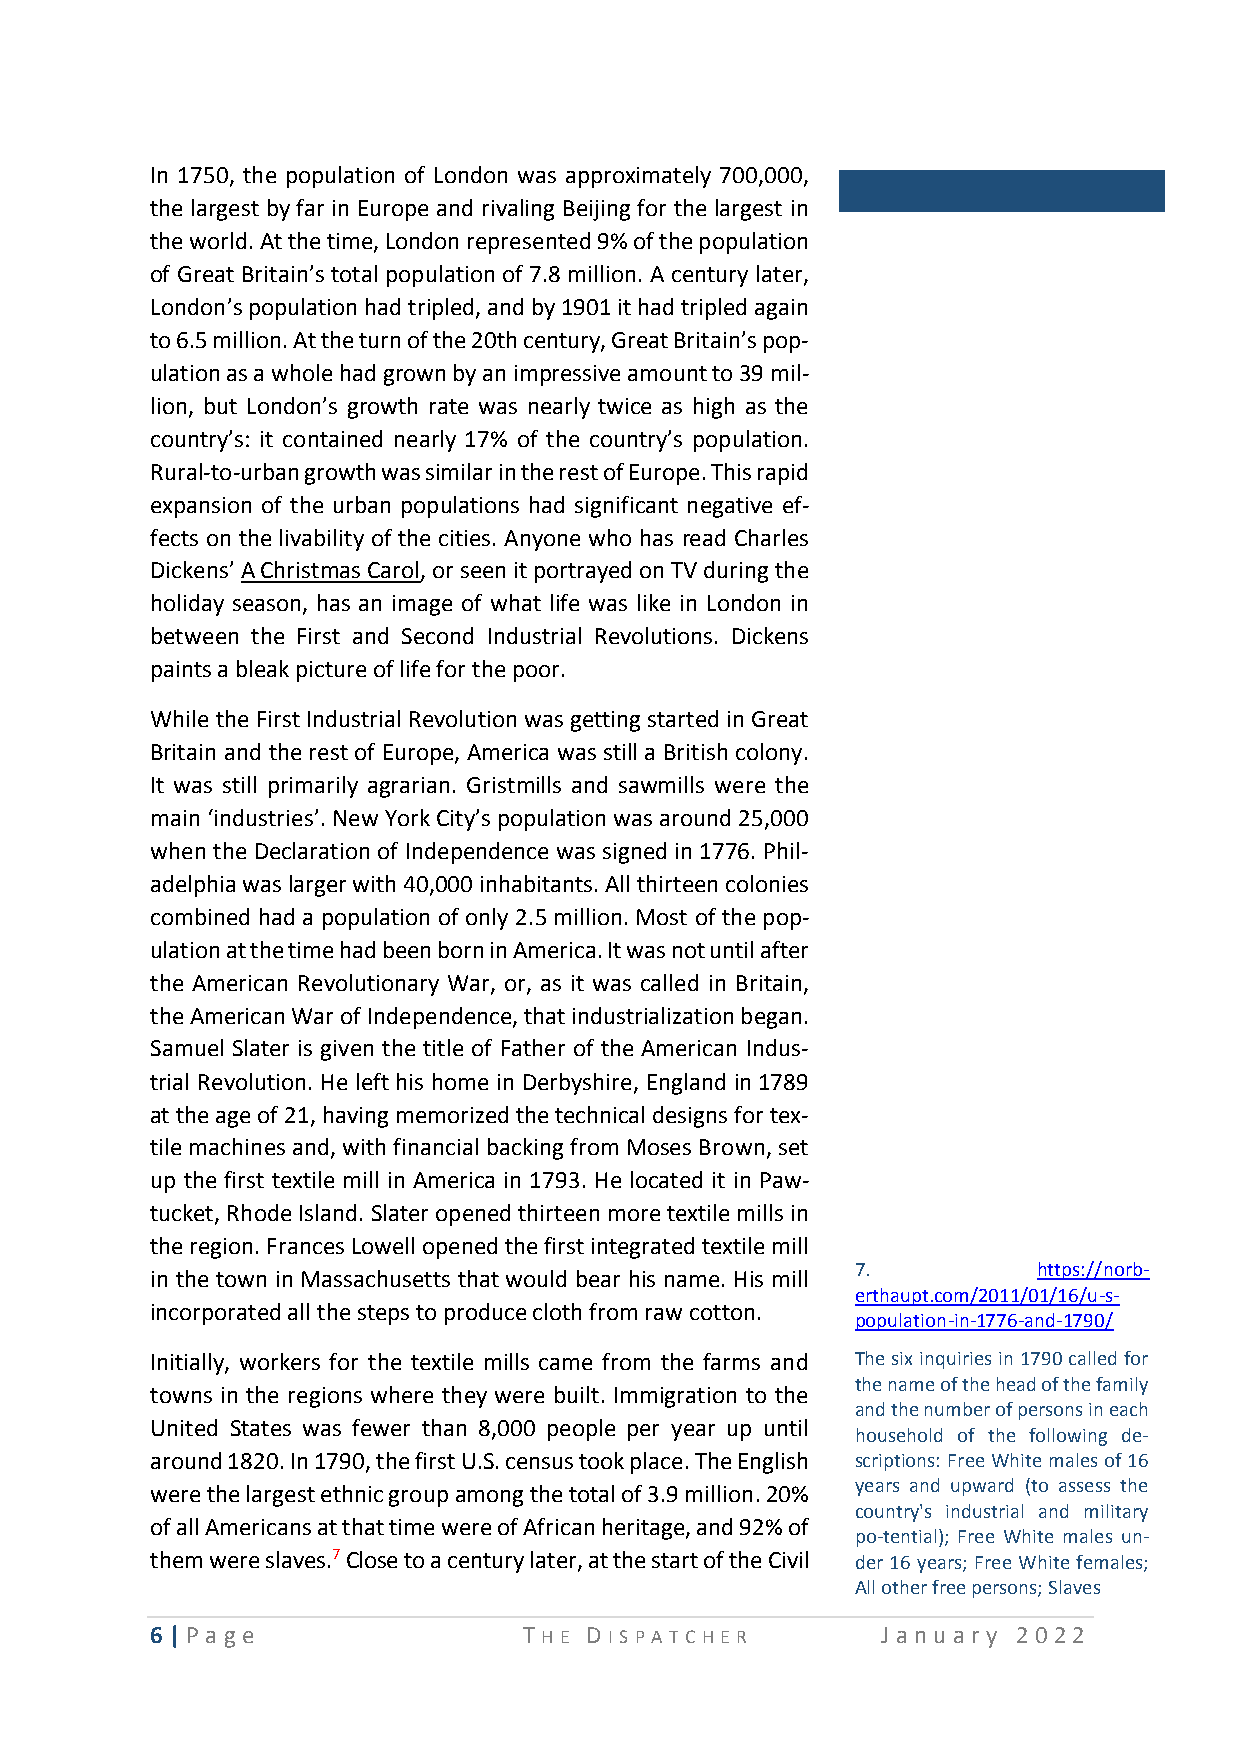
In 1750, the population of London was approximately 700,000,
 the largest by far in Europe and rivaling Beijing for the largest in
 the world. At the time, London represented 9% of the population
 of Great Britain’s total population of 7.8 million. A century later,
 London’s population had tripled, and by 1901 it had tripled again
 to 6.5 million. At the turn of the 20th century, Great Britain’s pop-
 ulation as a whole had grown by an impressive amount to 39 mil-
 lion, but London’s growth rate was nearly twice as high as the
 country’s: it contained nearly 17% of the country’s population.
 Rural-to-urban growth was similar in the rest of Europe. This rapid
 expansion of the urban populations had significant negative ef-
 fects on the livability of the cities. Anyone who has read Charles
 Dickens’ A Christmas Carol, or seen it portrayed on TV during the
 holiday season, has an image of what life was like in London in
 between the First and Second Industrial Revolutions. Dickens
 paints a bleak picture of life for the poor.
 While the First Industrial Revolution was getting started in Great
 Britain and the rest of Europe, America was still a British colony.
 It was still primarily agrarian. Gristmills and sawmills were the
 main ‘industries’. New York City’s population was around 25,000
 when the Declaration of Independence was signed in 1776. Phil-
 adelphia was larger with 40,000 inhabitants. All thirteen colonies
 combined had a population of only 2.5 million. Most of the pop-
 ulation at the time had been born in America. It was not until after
 the American Revolutionary War, or, as it was called in Britain,
 the American War of Independence, that industrialization began.
 Samuel Slater is given the title of Father of the American Indus-
 trial Revolution. He left his home in Derbyshire, England in 1789
 at the age of 21, having memorized the technical designs for tex-
 tile machines and, with financial backing from Moses Brown, set
 up the first textile mill in America in 1793. He located it in Paw-
 tucket, Rhode Island. Slater opened thirteen more textile mills in
 the region. Frances Lowell opened the first integrated textile mill
 7.          https://norb-
 in the town in Massachusetts that would bear his name. His mill
 erthaupt.com/2011/01/16/u-s-
 incorporated all the steps to produce cloth from raw cotton.
 population-in-1776-and-1790/
 Initially, workers for the textile mills came from the farms and The six inquiries in 1790 called for
 the name of the h ead of the family
 towns in the regions where they were built. Immigration to the
 and the number of persons in each
 United States was fewer than 8,000 people per year up until
 h ousehold of the following de-
 around 1820. In 1790, the first U.S. census took place. The English scriptions: Free White males of 16
 were the largest ethnic group among the total of 3.9 million. 20% years and upwar d (to assess the
 country's industrial and military
 of all Americans at that time were of African heritage, and 92% of
 p o-tential); Free White males un-
 them were slaves.7 Close to a century later, at the start of the Civil der 16 years; Free White females;
 All other free pers ons; Slaves
 6 | P age                T HE D I SP A T CHE R  Ja n u ary 2 0 22